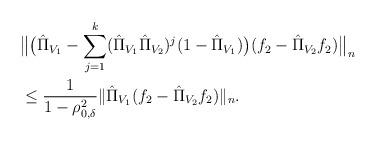
LaTeX: \begin{align*} &\big\Vert \big(\hat{\Pi}_{V_1}-\sum_{j=1}^k(\hat{\Pi}_{V_1}\hat{\Pi}_{V_2})^j(1-\hat{\Pi}_{V_1})\big)(f_2-\hat{\Pi}_{V_2}f_2)\big\Vert_n\\&\leq\frac{1}{1-\rho_{0,\delta}^2}\Vert \hat{\Pi}_{V_1}(f_2-\hat{\Pi}_{V_2}f_2)\Vert_n.\end{align*}